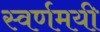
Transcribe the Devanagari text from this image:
स्‍वर्णमयी